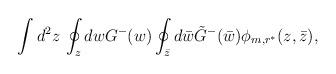
LaTeX: \begin{align*}\int d^2z \, \oint_z dw G^-(w) \oint_{\bar{z}} d\bar{w} \tilde{G}^-(\bar{w}) \phi_{m,r^*}(z,\bar{z}),\end{align*}